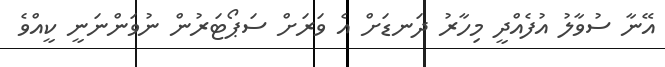
އޭނާ ސުވާލު އުފެއްދީ މިހާރު ދަނޑަށް އެ ވަރަށް ސަޕޯޓަރުން ނުވަންނަނީ ކީއްވެ